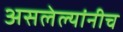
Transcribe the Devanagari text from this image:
असलेल्यांनीच